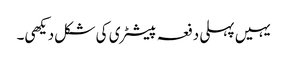
یہیں پہلی دفعہ پیسٹری کی شکل دیکھی۔